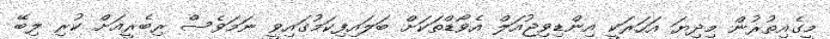
މީގެއިތުރުން މިދިޔަ އަހަރަކީ އިންޑިވިޖުއަލް އެވޯޑްތަކަށް ބަލައިފިކަމުގައިވީ ނަމަވެސް ރިބެރީއަށް ކުރި ލިބޭ